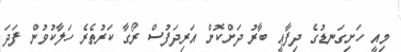
މިއީ ހަށިގަނޑުގެ ދިފާޢީ ބާރު ދަށްކޮށް އަރިދަފުސް ރޯގާ ކަރުތެރެ ހަލާކުވުން ފަދަ